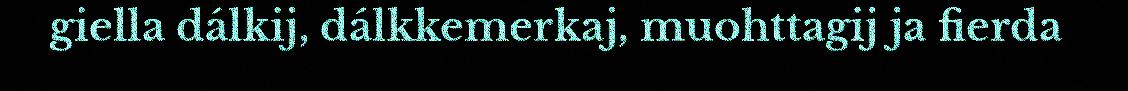
giella dálkij, dálkkemerkaj, muohttagij ja fierda